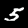
Digit: 5